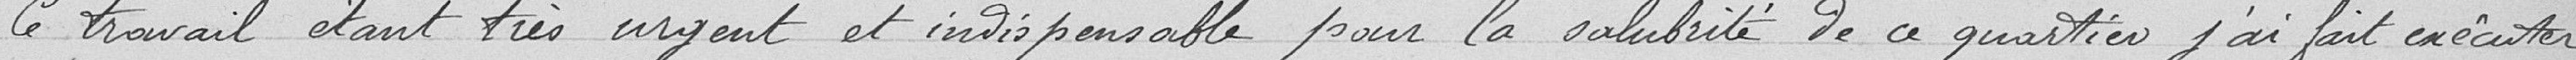
Ce travail est en très urgent est indispensable pour la salubrité de ce quartier j'ai fait